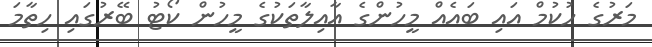
މަރުގެ ހުކުމް އައި ބައެއް މީހުންގެ އާއިލާތަކުގެ މީހުން ކޯޓު ބޭރުގައި ހިތާމަ